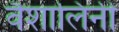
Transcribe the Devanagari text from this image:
वैशालिनी